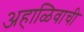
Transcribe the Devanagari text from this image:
अहाळिवाची